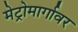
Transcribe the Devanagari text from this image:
मेट्रोमार्गावर